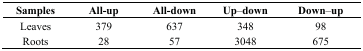
<table><thead><tr><td><b>Samples</b></td><td><b>All-up</b></td><td><b>All-down</b></td><td><b>Up–down</b></td><td><b>Down–up</b></td></tr></thead><tbody><tr><td>Leaves</td><td>379</td><td>637</td><td>348</td><td>98</td></tr><tr><td>Roots</td><td>28</td><td>57</td><td>3048</td><td>675</td></tr></tbody></table>